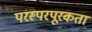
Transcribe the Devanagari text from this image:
परस्परपूरकता